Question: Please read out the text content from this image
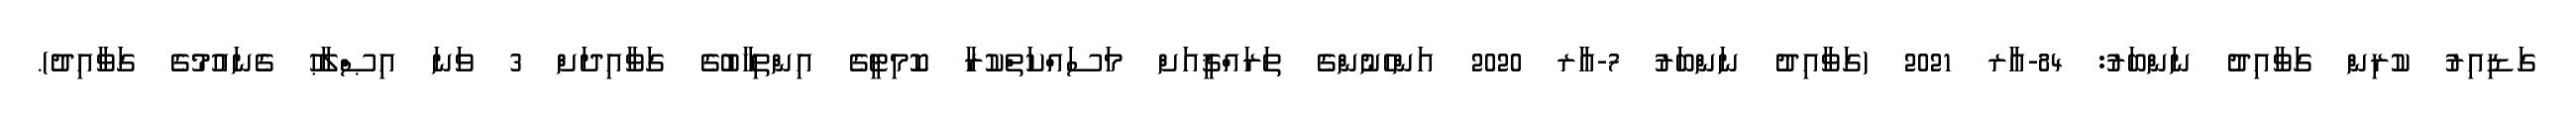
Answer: ގަޑިއިރު ކުރިން ގަވާއިދު ނަންބަރު: 84-އާރ 2021 (ގަވާއިދު ނަންބަރު 7-އާރ 2020 އަންހެނުންގެ ތަރައްޤީއަށް މަސައްކަތްކުރާ ކޮމިޓީގެ އިންތިޚާބުގެ ގަވާއިދަށް 3 ވަނަ އިޞްލާޙު ގެނައުމުގެ ގަވާއިދު).